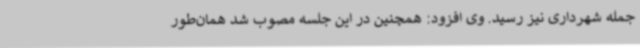
جمله شهرداری نیز رسید. وی افزود: همچنین در این جلسه مصوب شد همان‌طور